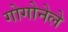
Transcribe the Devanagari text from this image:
गोगोनेले